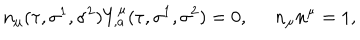
n _ { \mu } ( \tau , \sigma ^ { 1 } , \sigma ^ { 2 } ) Y _ { , a } ^ { \mu } ( \tau , \sigma ^ { 1 } , \sigma ^ { 2 } ) = 0 , \; \; n _ { \mu } n ^ { \mu } = 1 ,